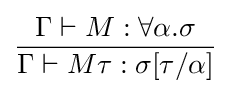
{\frac {\Gamma \vdash M:\forall \alpha .\sigma }{\Gamma \vdash M\tau :\sigma [\tau /\alpha ]}}